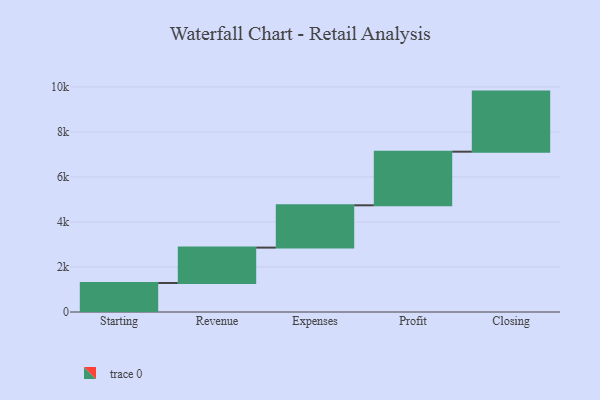
{"axis": {"x": "Step", "y": "Value"}, "legend": [""], "data": [{"x": "Starting", "y": 1289.0, "type": ""}, {"x": "Revenue", "y": 1572.0, "type": ""}, {"x": "Expenses", "y": 1879.0, "type": ""}, {"x": "Profit", "y": 2382.0, "type": ""}, {"x": "Closing", "y": 2669.0, "type": ""}]}